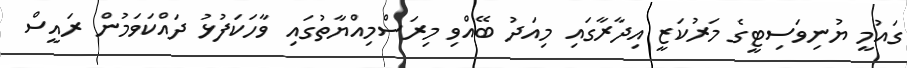
ގައުމީ ޔުނިވަސިޓީގެ މަރުކަޒީ އިދާރާގައި މިއަދު ބޭއްވި މިރަސްމިއްޔާތުގައި ވާހަކަފުޅު ދައްކަވަމުން ރައީސް